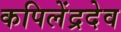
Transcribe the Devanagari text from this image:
कपिलेंद्रदेव